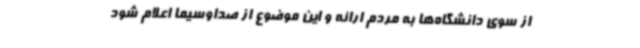
از سوی دانشگاه‌ها به مردم ارائه و این موضوع از صداوسیما اعلام شود